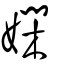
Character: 嫻